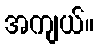
အကျယ်။